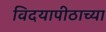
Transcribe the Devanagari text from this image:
विदयापीठाच्या